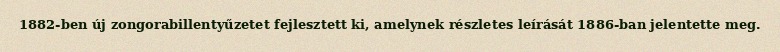
1882-ben új zongorabillentyűzetet fejlesztett ki, amelynek részletes leírását 1886-ban jelentette meg.